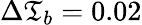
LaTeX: \Delta\mathfrak{T}_{b}=0.02